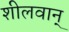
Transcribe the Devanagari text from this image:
शीलवान्